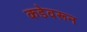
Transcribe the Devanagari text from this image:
कडेवरून